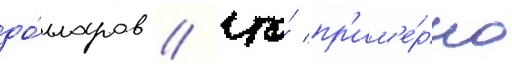
до́лларов / что́ пр'им'е́рно